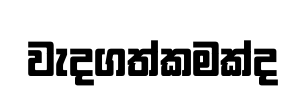
වැදගත්කමක්ද